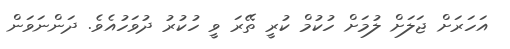
އަހަރަށް ޖަލަށް ލުމަށް ހުކުމް ކުރީ ތޭރަ ވީ ހުކުރު ދުވަހުއެވެ. ދަންނަވަން